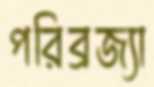
পরিব্রজ্যা